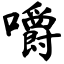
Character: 嚼